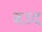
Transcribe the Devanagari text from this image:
बउद